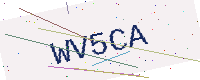
Text: WV5CA